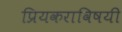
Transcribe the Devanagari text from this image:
प्रियकराविषयी